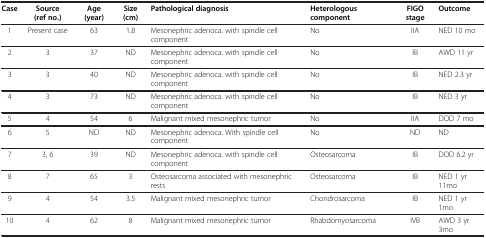
| Case | Source (ref no.) | Age (year) | Size (cm) | Pathological diagnosis | Heterologous component | FIGO stage | Outcome |
 | --- | --- | --- | --- | --- | --- | --- | --- |
 | 1 | Present case | 63 | 1.8 | Mesonephric adenoca. with spindle cell component | No | IIA | NED 10 mo |
 | 2 | 3 | 37 | ND | Mesonephric adenoca. with spindle cell component | No | IB | AWD 11 yr |
 | 3 | 3 | 40 | ND | Mesonephric adenoca. with spindle cell component | No | IB | NED 2.3 yr |
 | 4 | 3 | 73 | ND | Mesonephric adenoca. with spindle cell component | No | IB | NED 3 yr |
 | 5 | 4 | 54 | 6 | Malignant mixed mesonephric tumor | No | IIA | DOD 7 mo |
 | 6 | 5 | ND | ND | Mesonephric adenoca. With spindle cell component | No | ND | ND |
 | 7 | 3, 6 | 39 | ND | Mesonephric adenoca. with spindle cell component | Osteosarcoma | IB | DOD 6.2 yr |
 | 8 | 7 | 65 | 3 | Osteosarcoma associated with mesonephric rests | Osteosarcoma | IB | NED 1 yr 11mo |
 | 9 | 4 | 54 | 3.5 | Malignant mixed mesonephric tumor | Chondrosarcoma | IB | NED 1 yr 1mo |
 | 10 | 4 | 62 | 8 | Malignant mixed mesonephric tumor | Rhabdomyosarcoma | IVB | AWD 3 yr 3mo |